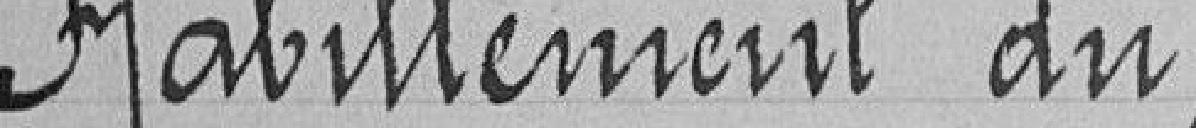
Habillement du